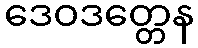
ဒေဝဒတ္တေန